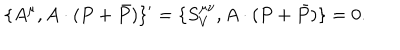
\{ A ^ { \mu } , A \cdot ( P + \bar { P } ) \} ^ { \prime } = \{ S _ { V } ^ { \mu \nu } , A \cdot ( P + \bar { P } ) \} = 0 .